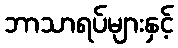
ဘာသာရပ်များနှင့်